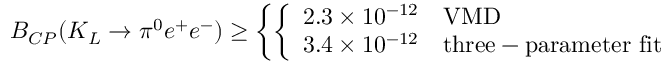
B _ { C P } ( K _ { L } \rightarrow \pi ^ { 0 } e ^ { + } e ^ { - } ) \geq \left\{ \left\{ \begin{array} { l l } { { 2 . 3 \times 1 0 ^ { - 1 2 } } } & { { \mathrm { V M D } } } \\ { { 3 . 4 \times 1 0 ^ { - 1 2 } } } & { { \mathrm { t h r e e - p a r a m e t e r ~ f i t } } } \end{array} \right. \right.